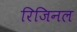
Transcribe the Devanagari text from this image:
रिजिनल